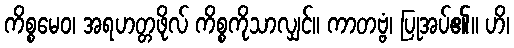
ကိစ္စမေဝ၊ အရဟတ္တဖိုလ် ကိစ္စကိုသာလျှင်။ ကာတဗ္ဗံ၊ ပြုအပ်၏။ ဟိ၊